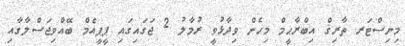
މިނިސްޓަރ ތާރިޤް އިބްރާޙީމް މިހެން ވިދާޅުވީ ރުމާލު 2 ޖަގައިގައި ޕީޕީއެމް ބޭއްވިޖަސްލާގާއި